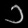
Digit: ၁